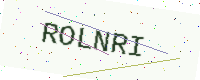
Text: ROLNRI